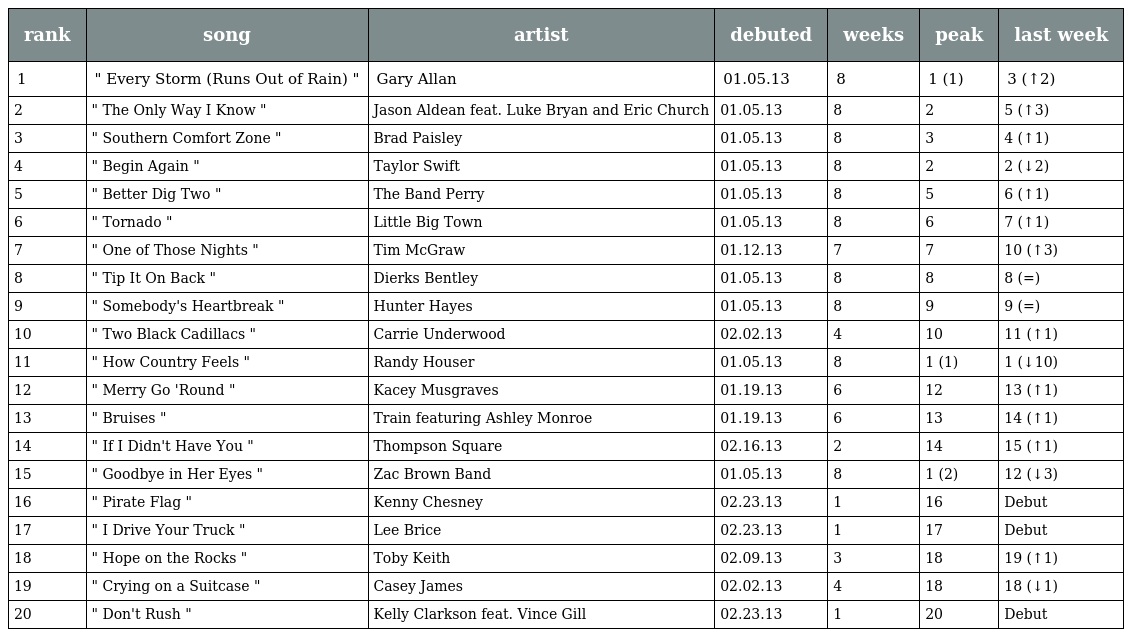
| rank | song | artist | debuted | weeks | peak | last week |
 | --- | --- | --- | --- | --- | --- | --- |
 | 1 | " Every Storm (Runs Out of Rain) " | Gary Allan | 01.05.13 | 8 | 1 (1) | 3 (↑2) |
 | 2 | " The Only Way I Know " | Jason Aldean feat. Luke Bryan and Eric Church | 01.05.13 | 8 | 2 | 5 (↑3) |
 | 3 | " Southern Comfort Zone " | Brad Paisley | 01.05.13 | 8 | 3 | 4 (↑1) |
 | 4 | " Begin Again " | Taylor Swift | 01.05.13 | 8 | 2 | 2 (↓2) |
 | 5 | " Better Dig Two " | The Band Perry | 01.05.13 | 8 | 5 | 6 (↑1) |
 | 6 | " Tornado " | Little Big Town | 01.05.13 | 8 | 6 | 7 (↑1) |
 | 7 | " One of Those Nights " | Tim McGraw | 01.12.13 | 7 | 7 | 10 (↑3) |
 | 8 | " Tip It On Back " | Dierks Bentley | 01.05.13 | 8 | 8 | 8 (=) |
 | 9 | " Somebody's Heartbreak " | Hunter Hayes | 01.05.13 | 8 | 9 | 9 (=) |
 | 10 | " Two Black Cadillacs " | Carrie Underwood | 02.02.13 | 4 | 10 | 11 (↑1) |
 | 11 | " How Country Feels " | Randy Houser | 01.05.13 | 8 | 1 (1) | 1 (↓10) |
 | 12 | " Merry Go 'Round " | Kacey Musgraves | 01.19.13 | 6 | 12 | 13 (↑1) |
 | 13 | " Bruises " | Train featuring Ashley Monroe | 01.19.13 | 6 | 13 | 14 (↑1) |
 | 14 | " If I Didn't Have You " | Thompson Square | 02.16.13 | 2 | 14 | 15 (↑1) |
 | 15 | " Goodbye in Her Eyes " | Zac Brown Band | 01.05.13 | 8 | 1 (2) | 12 (↓3) |
 | 16 | " Pirate Flag " | Kenny Chesney | 02.23.13 | 1 | 16 | Debut |
 | 17 | " I Drive Your Truck " | Lee Brice | 02.23.13 | 1 | 17 | Debut |
 | 18 | " Hope on the Rocks " | Toby Keith | 02.09.13 | 3 | 18 | 19 (↑1) |
 | 19 | " Crying on a Suitcase " | Casey James | 02.02.13 | 4 | 18 | 18 (↓1) |
 | 20 | " Don't Rush " | Kelly Clarkson feat. Vince Gill | 02.23.13 | 1 | 20 | Debut |